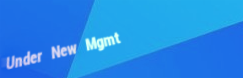
Under New Mgmt